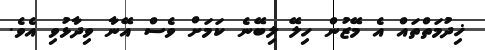
ޚިދުމަތްތައް އެ މޭޒުން ހިލޭ ލިބޭނެ ކަމަށް ވެސް އޭނާ ވިދާޅުވި އެވެ.